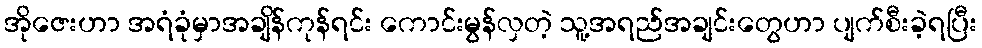
အိုဇေးဟာ အရံခုံမှာအချိန်ကုန်ရင်း ကောင်းမွန်လှတဲ့ သူ့အရည်အချင်းတွေဟာ ပျက်စီးခဲ့ရပြီး